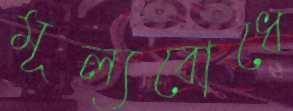
মূল্যবোধে